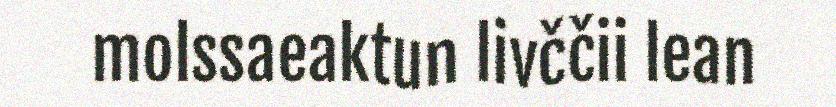
molssaeaktun livččii lean